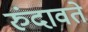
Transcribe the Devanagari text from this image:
रुंदावते